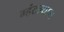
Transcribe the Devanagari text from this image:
म्हंटल्यास